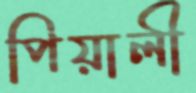
পিয়ালী